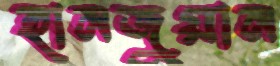
হানজুয়ান